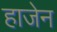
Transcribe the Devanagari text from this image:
हाजेन